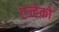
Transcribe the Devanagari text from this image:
एज्टेकों